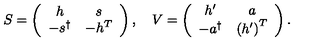
S = \left( \begin{array} { c c } { h } & { s } \\ { - s ^ { \dagger } } & { - h ^ { T } } \\ \end{array} \right) , \quad V = \left( \begin{array} { c c } { h ^ { \prime } } & { a } \\ { - a ^ { \dagger } } & { \left( h ^ { \prime } \right) ^ { T } } \\ \end{array} \right) .